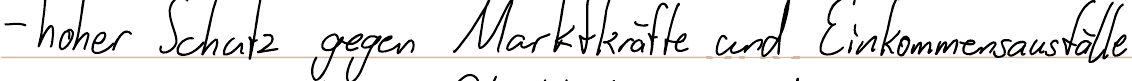
- hoher Schutz gegen Marktkräfte und Einkommensausfälle